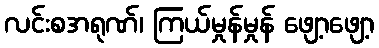
လင်းစအရုဏ်၊ ကြယ်မှုန်မှုန် ဖျော့ဖျော့